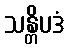
သန္တိပဒံ